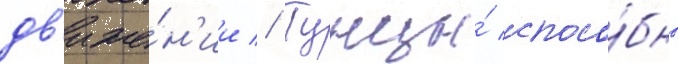
дв'иже́н'ии // Тунцы́ спосо́бны